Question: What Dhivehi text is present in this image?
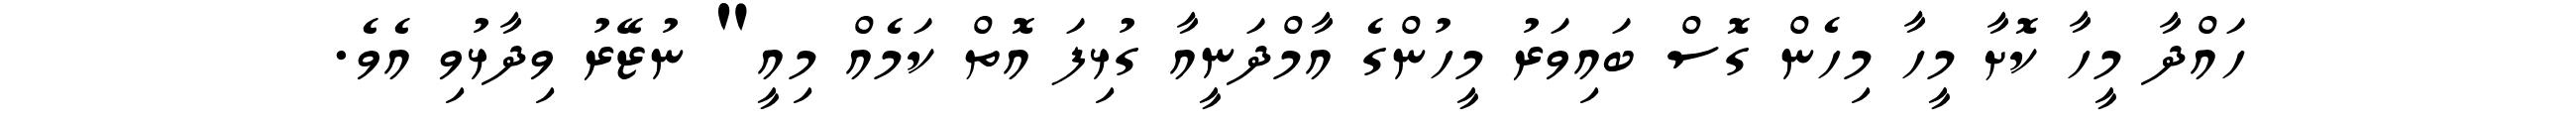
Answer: ހައްދާ މީހާ ކޮށާ މީހާ މިހެން ގޮސް ބައިވަރު މީހުންގެ އާމްދަނީއާ ގުޅިފަ އޮތް ކަމެއް މިއީ" ނުޒޭރު ވިދާޅުވި އެވެ.